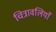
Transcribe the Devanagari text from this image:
चित्रावलियाँ